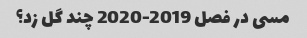
مسی در فصل 2019-2020 چند گل زد؟